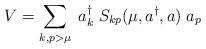
LaTeX: \begin{align*}V=\sum_{k,p>\mu}\;a^{\dagger}_k\; S_{k p}(\mu,a^{\dagger},a)\; a_p\end{align*}